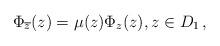
LaTeX: \begin{align*} \Phi_{\overline{z}}(z) =\mu(z)\Phi_z(z), z\in D_1\, , \end{align*}